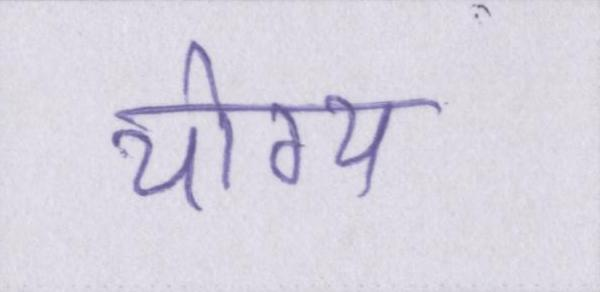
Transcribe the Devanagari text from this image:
योग्य